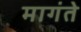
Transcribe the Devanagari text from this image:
मागंते